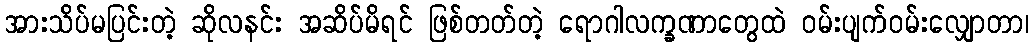
အားသိပ်မပြင်းတဲ့ ဆိုလနင်း အဆိပ်မိရင် ဖြစ်တတ်တဲ့ ရောဂါလက္ခဏာတွေထဲ ဝမ်းပျက်ဝမ်းလျှောတာ၊